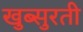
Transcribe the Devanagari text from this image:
खुब्सुरती